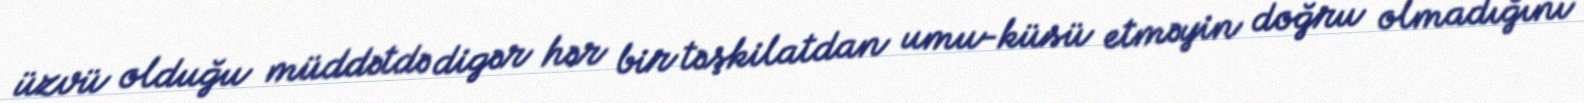
üzvü olduğu müddətdə digər hər bir təşkilatdan umu-küsü etməyin doğru olmadığını